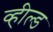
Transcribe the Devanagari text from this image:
व्हील्ड